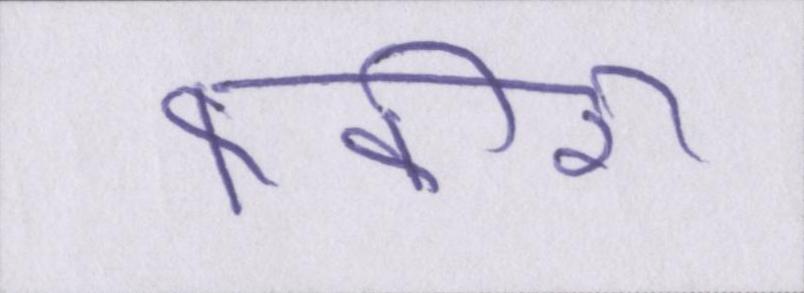
फकीरी